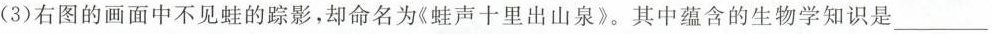
(3)右图的画面中不见蛙的踪影，却命名为《蛙声十里出山泉》。其中蕴含的生物学知识是\underline